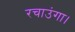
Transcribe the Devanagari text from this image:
रचाउंगा।